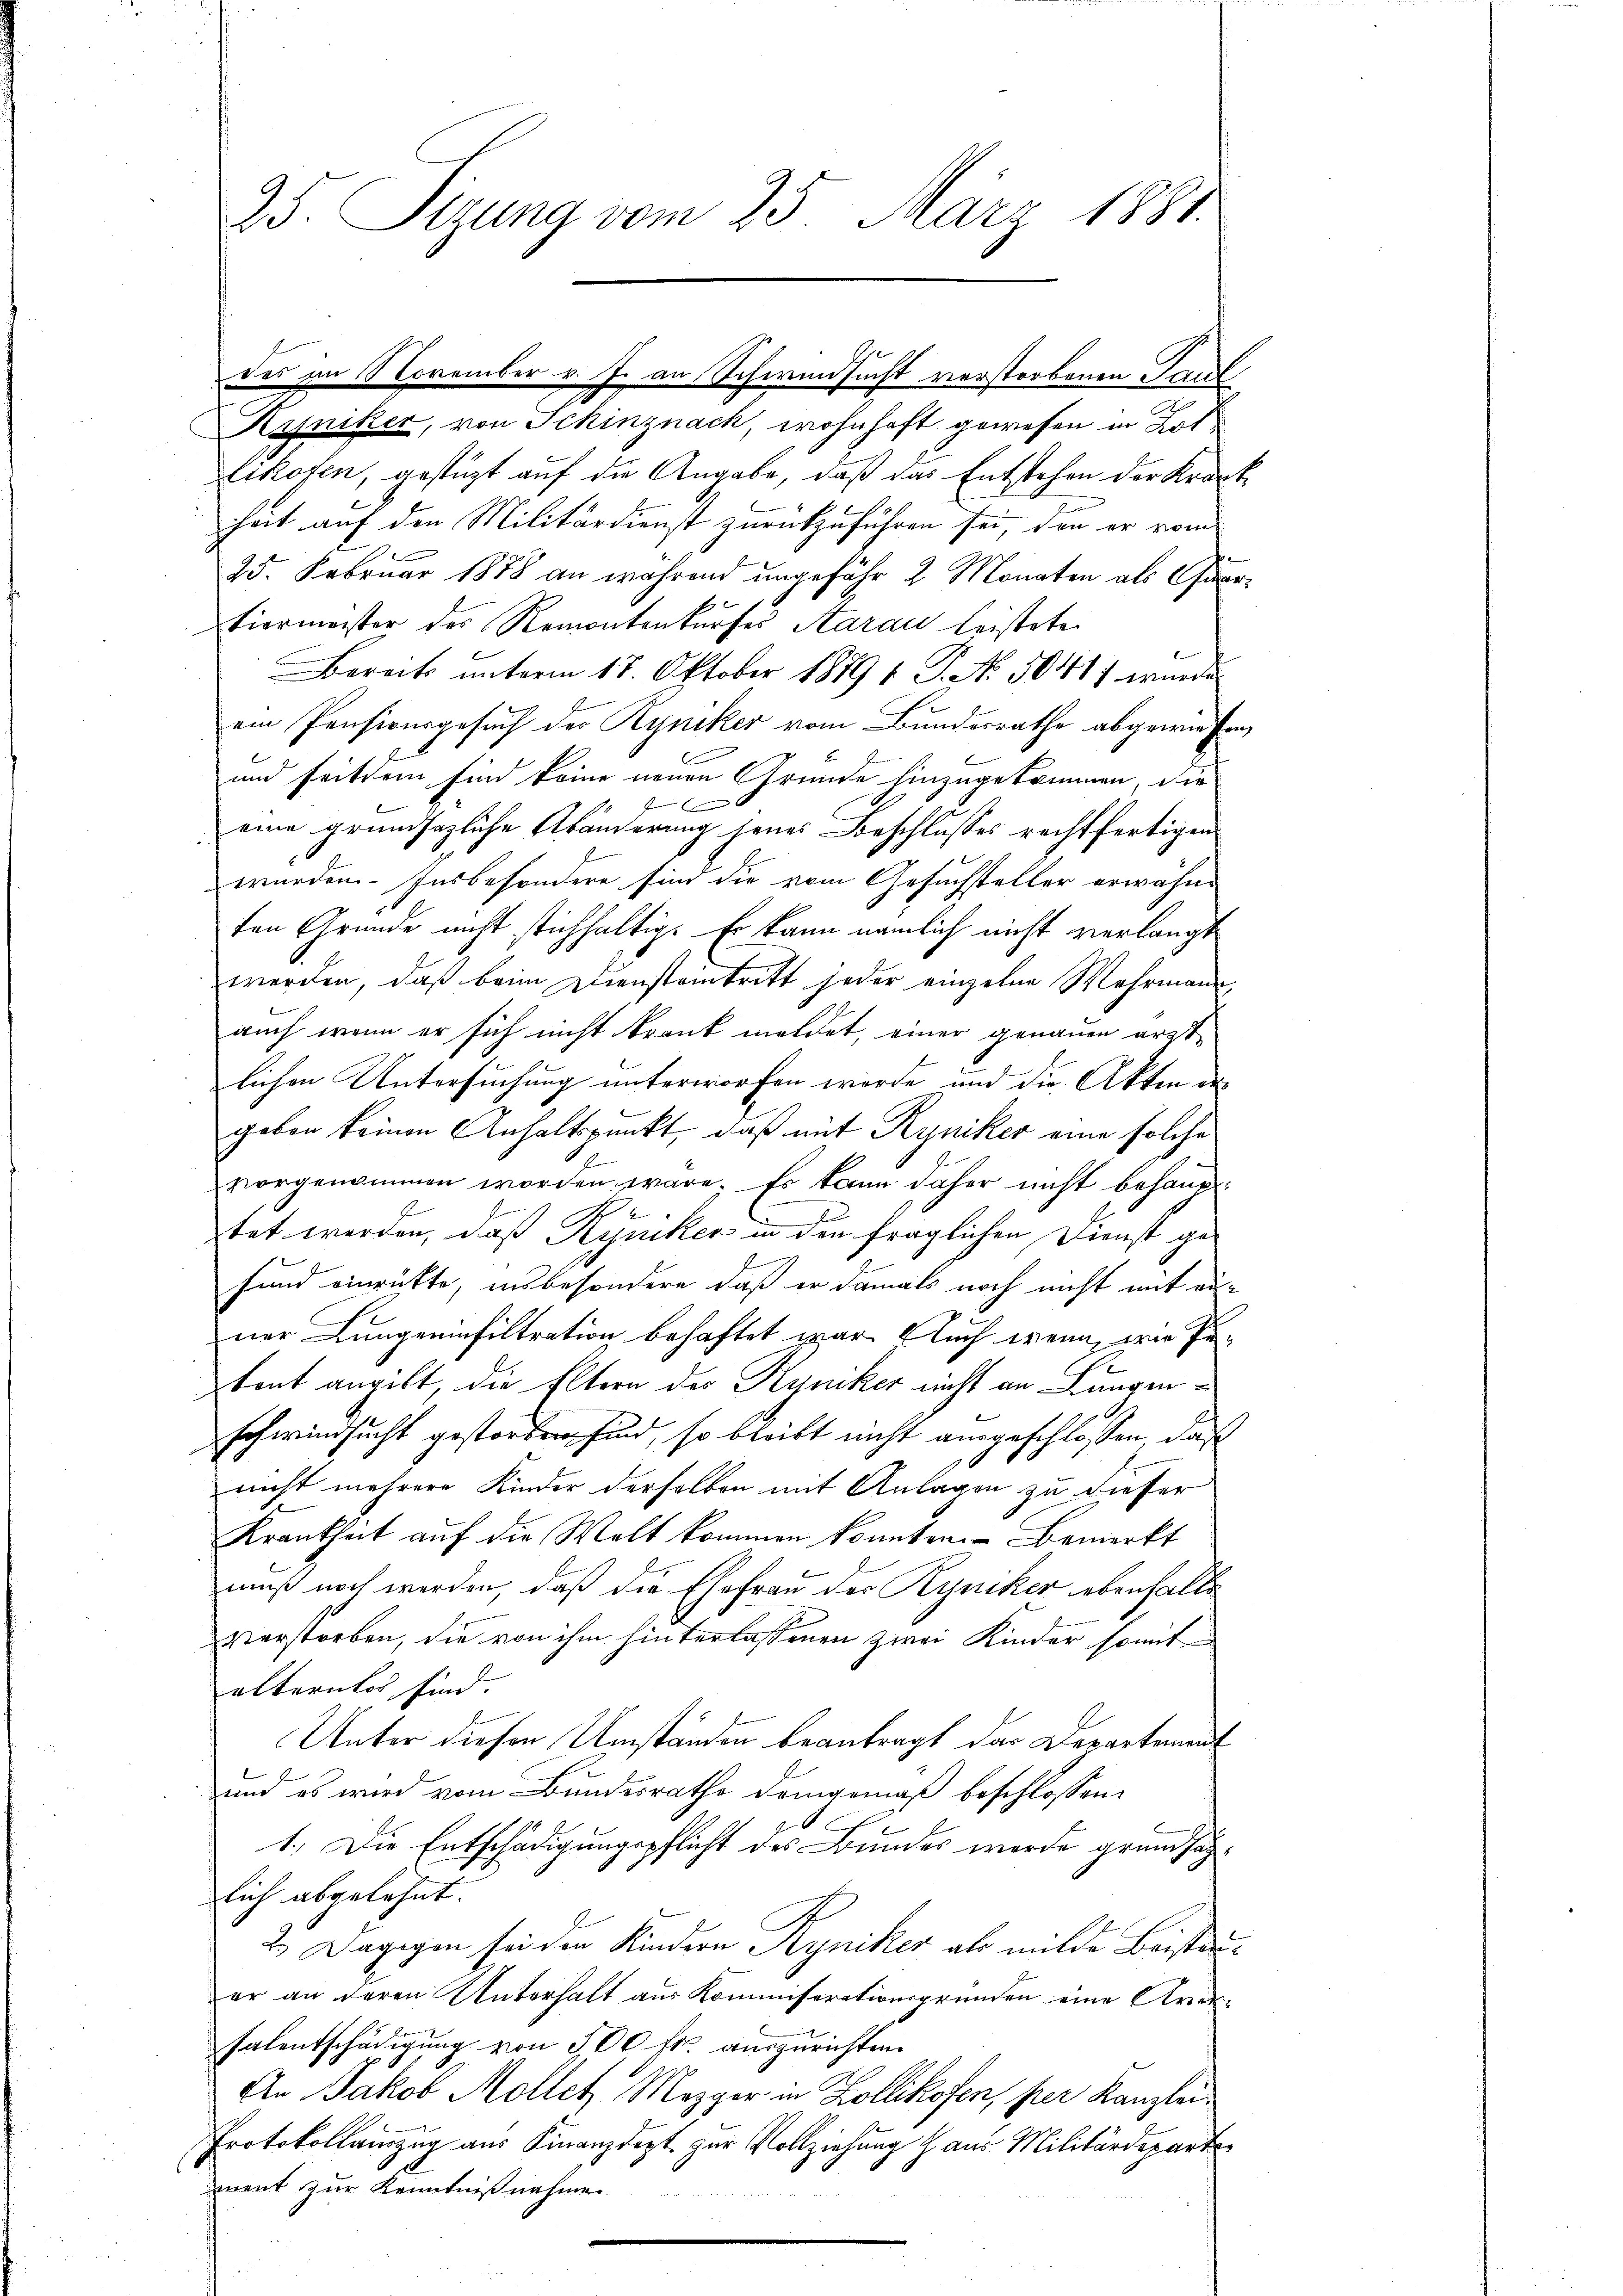
Kyjniker, von Schinznach, wohnhaft gewesen in Lot
Eikofen, gestüzt auf die Angabe, daß das Entstehen der Krankhait auf den Militärdienst zurückzuführen sei, den er vom
25. Februar 1878 an während ungefähr 2 Monaten als Quartiermeister des Remontenkurses Aarau leistete
Bereits unterm 18. Oktober 1879 1 S. No. 50417 wurde
ein Pensionsgesuch des Ryniker vom Bundesrathe abgewiesen,
und seitdem sind keine neuen Grunde hinzugekommen, die
x
eine grundsazliche Abänderung jenes Beschlusses rechtfertigen
wurden. Insbesondere sind die vom Gesuchsteller erwähnten Gründe nicht stichhaltig. Er kann nämlich nicht verlangt
werden, daß beim Diensteintritt jeder einzelne Wehrmann,
auch wenn er sich nicht krank meldet, einer genauen ärztlichen Untersuchung unterworfen werde, und die Akten ergeben keinen Anhaltspunkt, daß mit Ryniker eine solche
vorgenommen worden wäre. Es kann daher nicht behaupt¬
.
tet werden, daß Ryniker in den fraglichen Dienst gefund einrückte, insbesondere daß er damals noch nicht mit einer Lungeninfiltration behaftet war. Auch wenn wie Petent angelt, die Eltern des Ryniker nicht an Lungenschwindsucht gestorben sind, so bleibt nicht ausgeschlossen, daß
nicht mehrere Kinder derselben mit Anlagen zu dieser
Krankheit auf die Welt kommen konnten. Bemerkt
muß noch werden, daß die Ehefrau der Ryniker ebenfalls
verstorben, die von ihm hinterlassenen zwei Kinder somit
alternlos sind.
Unter diesen Umständen beantragt das Departement
und es wird vom Bundesrathe demgemäß beschlossen:
1
1.) Die Entschädigungspflicht des Bundes werde grundsätzlich abgelehnt.
2.) Dagegen sei den Kindern Ryniker als milde Beistaner an deren Unterhalt aus Kommiserationsgründen eine Aver¬
Valentschädigung von 500 fr. auszurichten.
An Jakob Mollet Mezger in Zollikofen, per Kanzlei¬
Protokollauszug aus Finanzdept zur Vollziehung aus Militärdeparte
ment zur Kenntnißnahme.

25. Sizung vom 25. März 1881.

des im November v. J. an Schwindsucht verstorbenen Paul